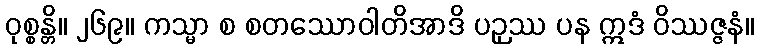
ဝုစ္စန္တိ။ ၂၆၉။ ကသ္မာ စ စတဿောဝါတိအာဒိ ပဉှဿ ပန ဣဒံ ဝိဿဇ္ဇနံ။